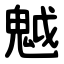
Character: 魆